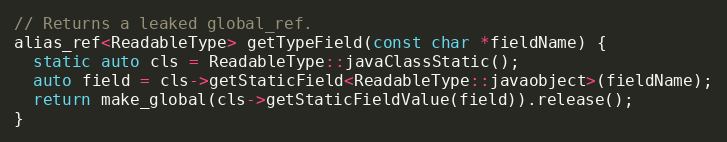
Language: C++
// Returns a leaked global_ref.
alias_ref<ReadableType> getTypeField(const char *fieldName) {
  static auto cls = ReadableType::javaClassStatic();
  auto field = cls->getStaticField<ReadableType::javaobject>(fieldName);
  return make_global(cls->getStaticFieldValue(field)).release();
}